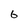
Character: 6